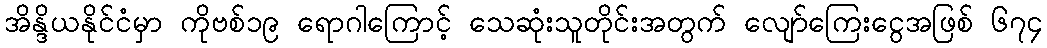
အိန္ဒိယနိုင်ငံမှာ ကိုဗစ်၁၉ ရောဂါကြောင့် သေဆုံးသူတိုင်းအတွက် လျော်ကြေးငွေအဖြစ် ၆၇၄